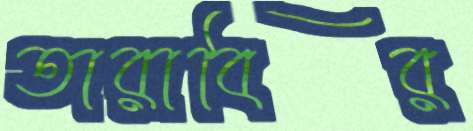
তারাবির